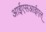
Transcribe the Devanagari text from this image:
आईएसआईएल्